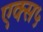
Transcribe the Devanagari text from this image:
एक्स५